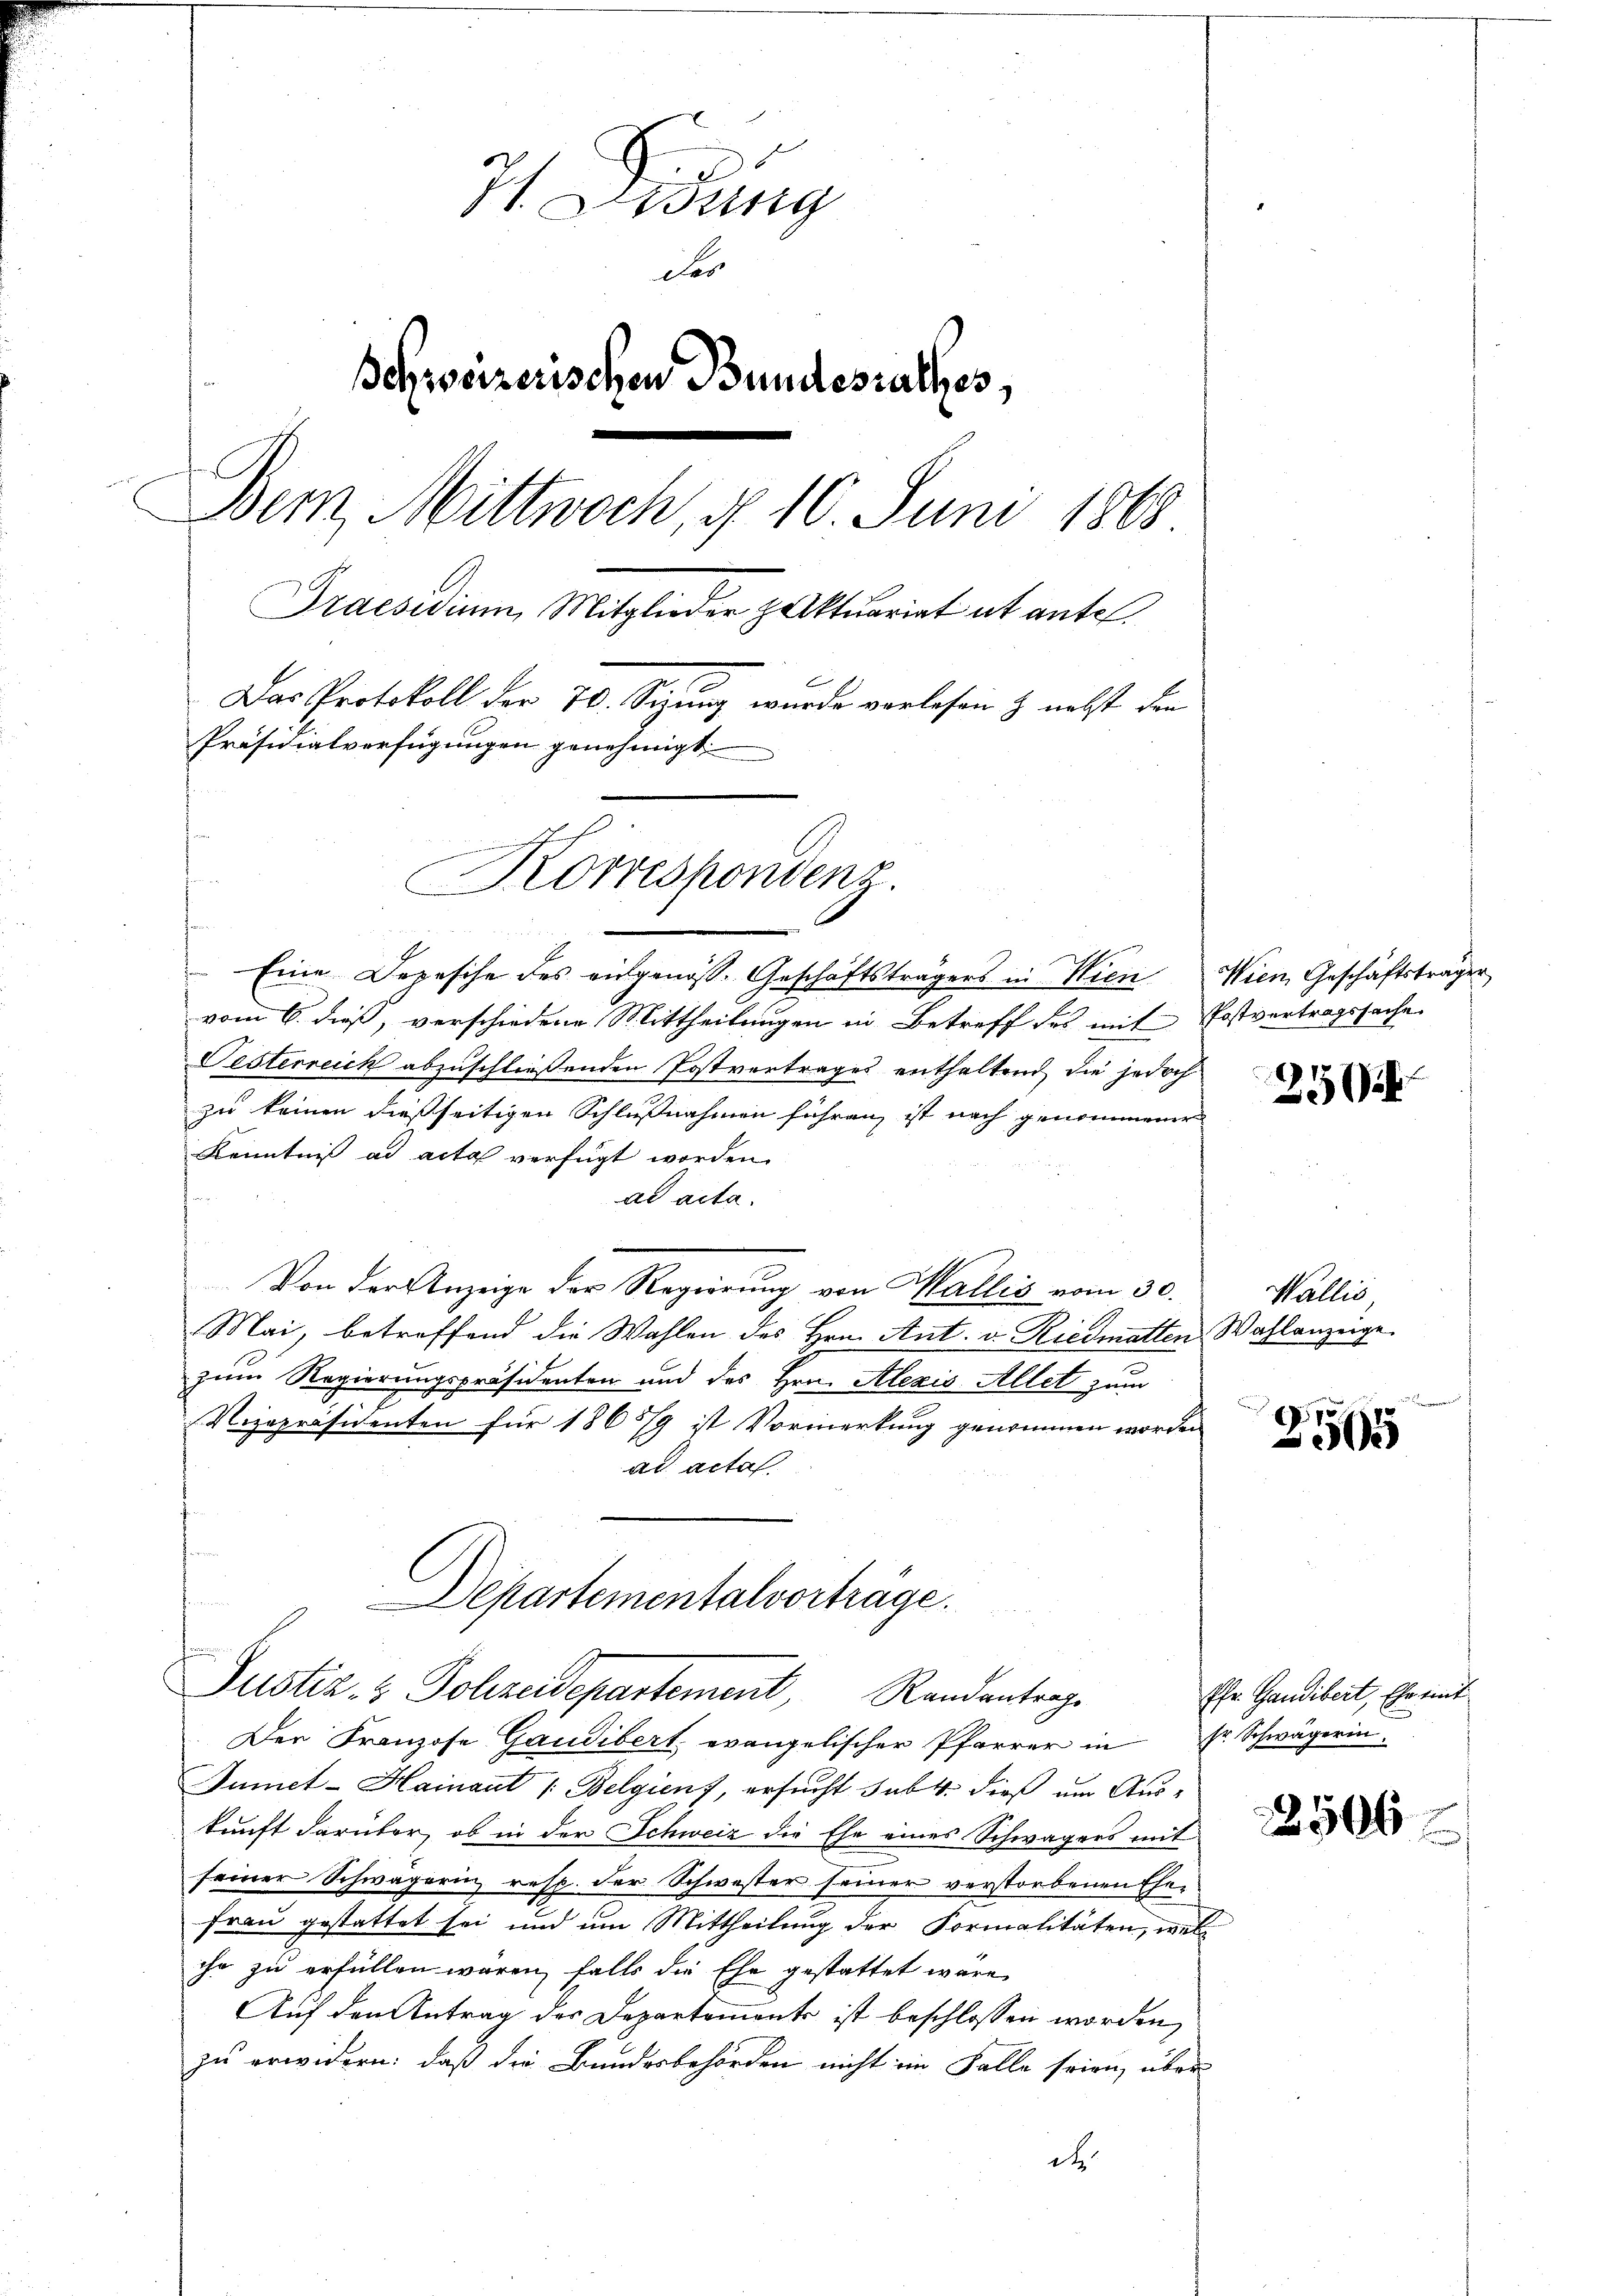
Js. Zung
des
Schweizerischen Bundesrathes,
Bem, Mittwoch, § 10. Juni 1868
Praesidium Mitglieder paktuariat et antel¬
Das Protokoll der 70. Setzung wurde vorlesen & nebst den
Präsidialverfügungen genehmigt.
c
Korrespondenz.

Eine Depesche des eingenos-Geschäftsträgers in Wien Wien Geschäftsträger
vom 6. dieß, verschiedene Mittheilungen in Betreff des mit Postvertragssache
Festerreich abzuschließenden Postvertrages enthaltend die jedoch
zu keinen dießseitigen Schlußnahmen führen, ist nach genommener
Kenntnis ad acta verfügt worden.
ad acta.
Von der Anzeige der Regierung von Wallis vom 30.
Mai, betreffend die Wahlen des Hrn. Ant. v. Riedmatten Wahlanzeige
zum Regierungspräsidenten und des Hrn. Alexis Allet zum
Vizepräsidenten für 1865/9 ist Vormerkung genommen worden
ad acta.
Departementalvorträge.
Justiz- & Polizeidepartement, Randantrage
Der Franzose Gaudibert evangelischer Pfarrer in Fr. Schwägerin.
Aumet - Hainant /: Belgienf, ersucht subt: dieß um Aus-
kunft darüber, ob in der Schweiz die Ehe eines Schwägers mit
seiner Schwägerin, resp. der Schwester seiner verstorbenen Ehe¬
Frau gestattet sei und um Mittheilung der Formalitäten, wel
ihr zu erfüllen wären, falls die Ehe gestattet wäre,
Auf den Antrag der Departements ist beschlossen worden,
zu erwidern: daß die Bundesbehörden nicht im Falle seien, über
d

256

Wallis

255

Pfr. Gandibert, Ehe mit

2506